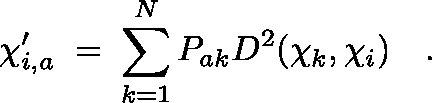
\chi _ { i , a } ^ { \prime } \; = \; \sum _ { k = 1 } ^ { N } P _ { a k } D ^ { 2 } ( \mathbf { \chi } _ { k } , \mathbf { \chi } _ { i } ) \quad .